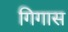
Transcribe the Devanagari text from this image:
गिगास